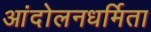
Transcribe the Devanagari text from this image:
आंदोलनधर्मिता